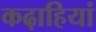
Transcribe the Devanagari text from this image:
कढ़ाहियां